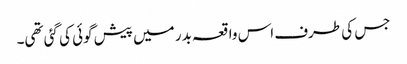
جس کی طرف اس واقعہ بدر میں پیش گوئی کی گئی تھی۔